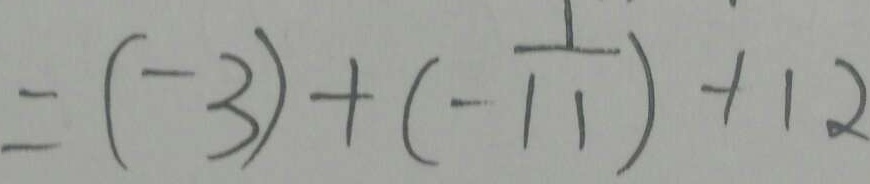
= ( - 3 ) + ( - \frac { 1 } { 1 1 } ) + 1 2